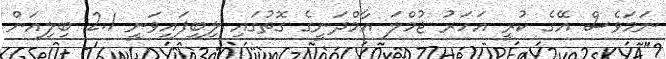
ނަމަވެސް އޭގެ ކުރީ އަހަރު ޖުމްލަ އާމްދަނީގެ ގޮތުގައި ލިބިފައިވަނީ 2.1 ބިލިއަން